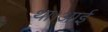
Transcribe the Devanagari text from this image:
था।आई